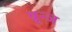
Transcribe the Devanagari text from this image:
ब्रून्ज